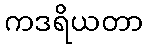
ကဒရိယတာ